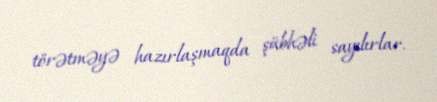
törətməyə hazırlaşmaqda şübhəli sayılırlar.